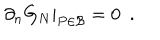
LaTeX: \partial _ { n } G _ { N } | _ { P \in { \cal B } } = 0 ~ ~ .